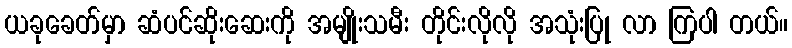
ယခုခေတ်မှာ ဆံပင်ဆိုးဆေးကို အမျိုးသမီး တိုင်းလိုလို အသုံးပြု လာ ကြပါ တယ်။